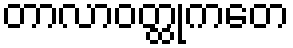
တာလာဝတ္ထုကတေ